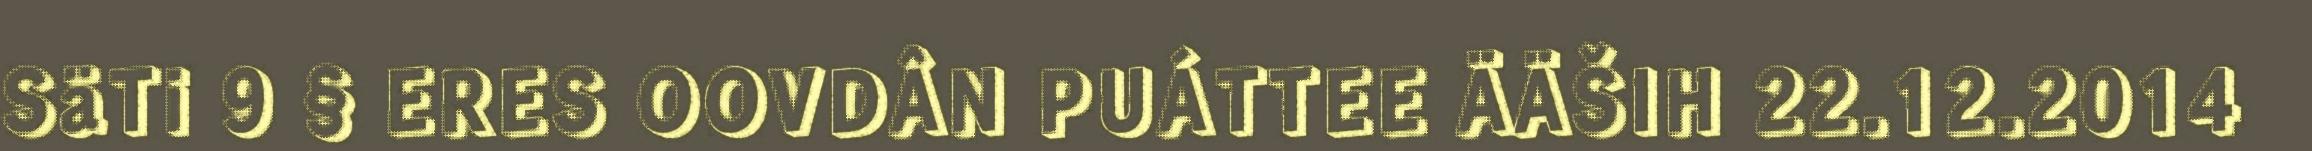
SäTi 9 § ERES OOVDÂN PUÁTTEE ÄÄŠIH 22.12.2014